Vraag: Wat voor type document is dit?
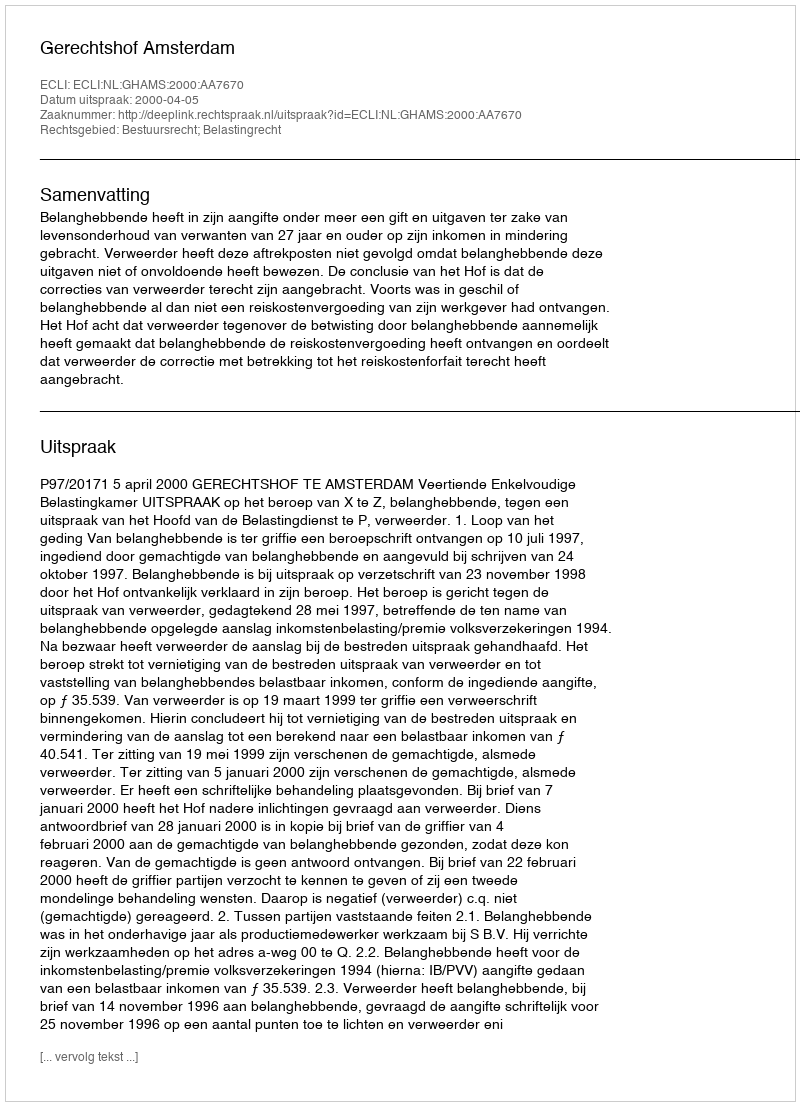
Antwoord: Uitspraak